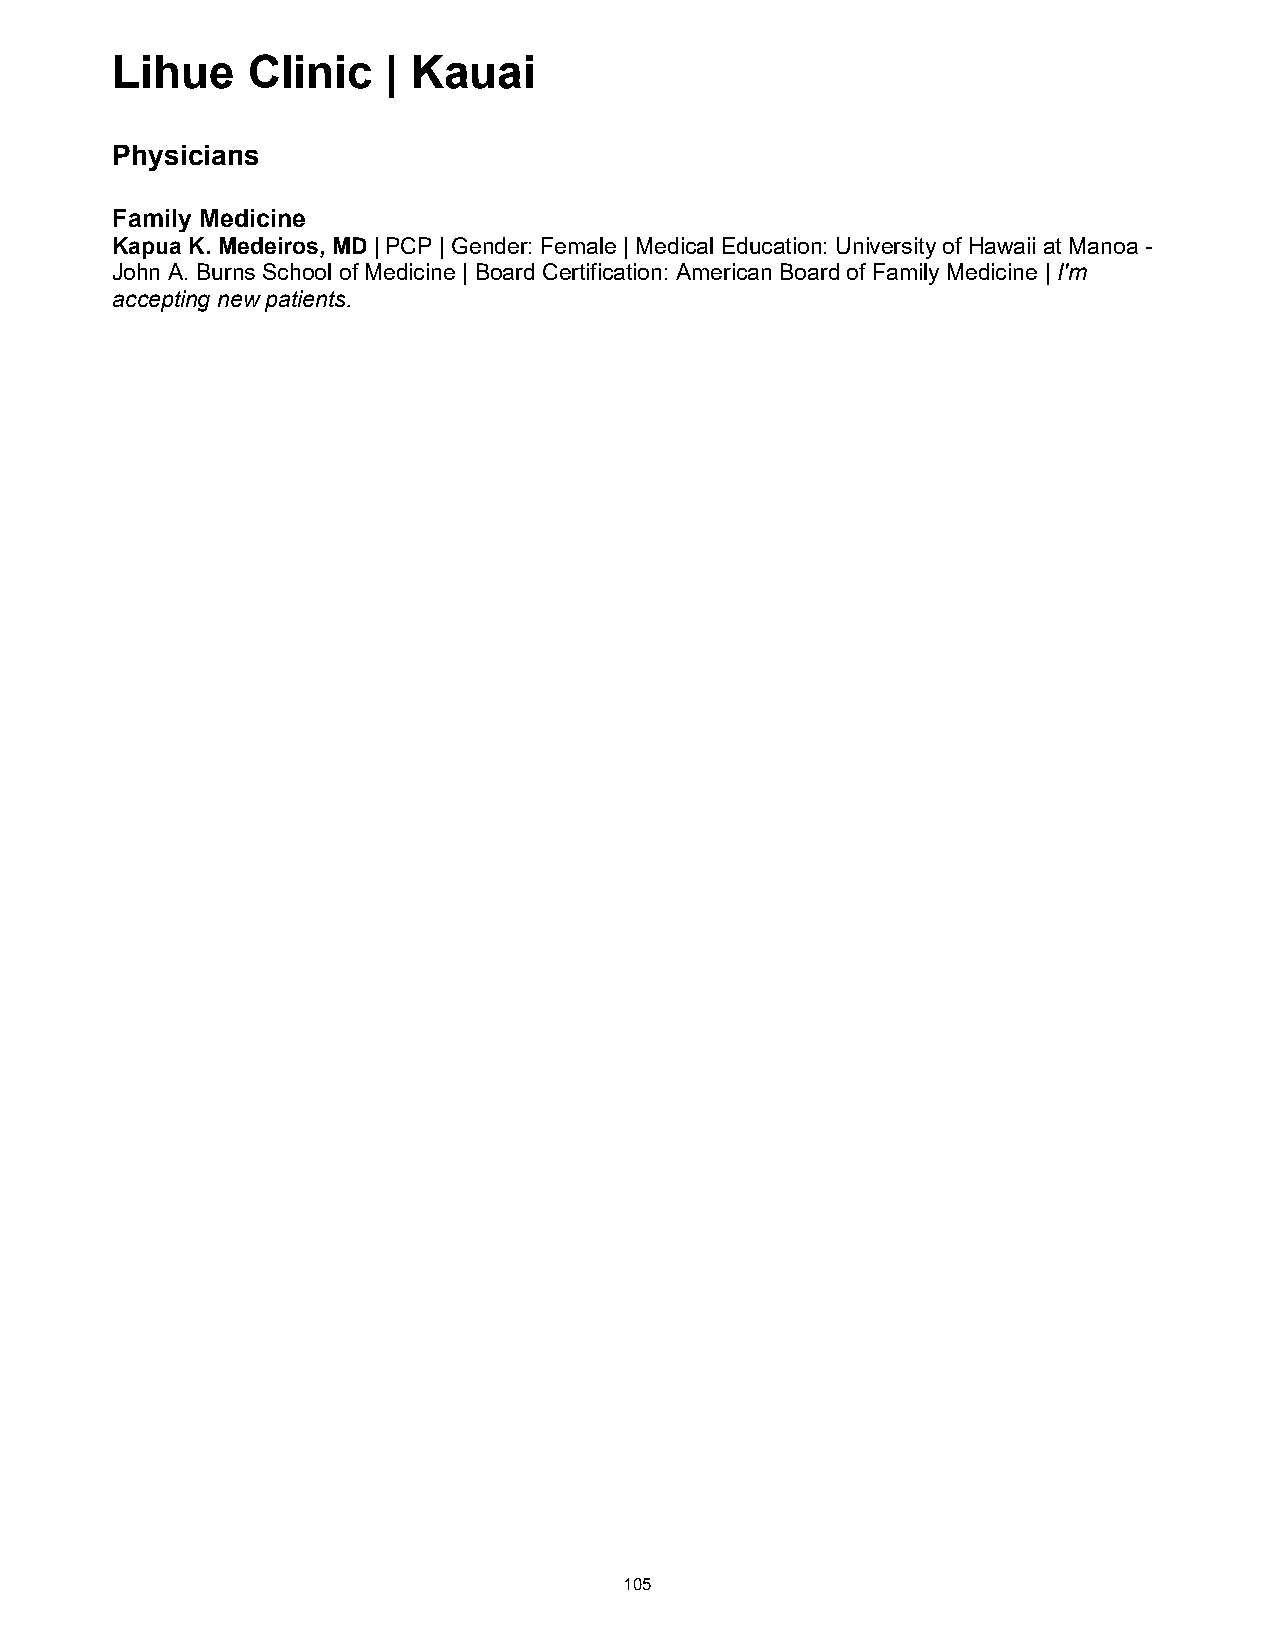
Lihue    Clinic   | Kauai
 Physicians
 Family Medicine
 Kapua K. Medeiros, MD | PCP | Gender: Female | Medical Education: University of Hawaii at Manoa -
 John A. Burns School of Medicine | Board Certification: American Board of Family Medicine | I'm
 accepting new patients.
 105